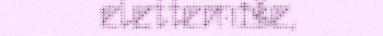
elettemiše,